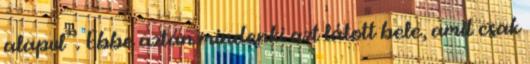
alapul”. Ebbe aztán mindenki azt látott bele, amit csak